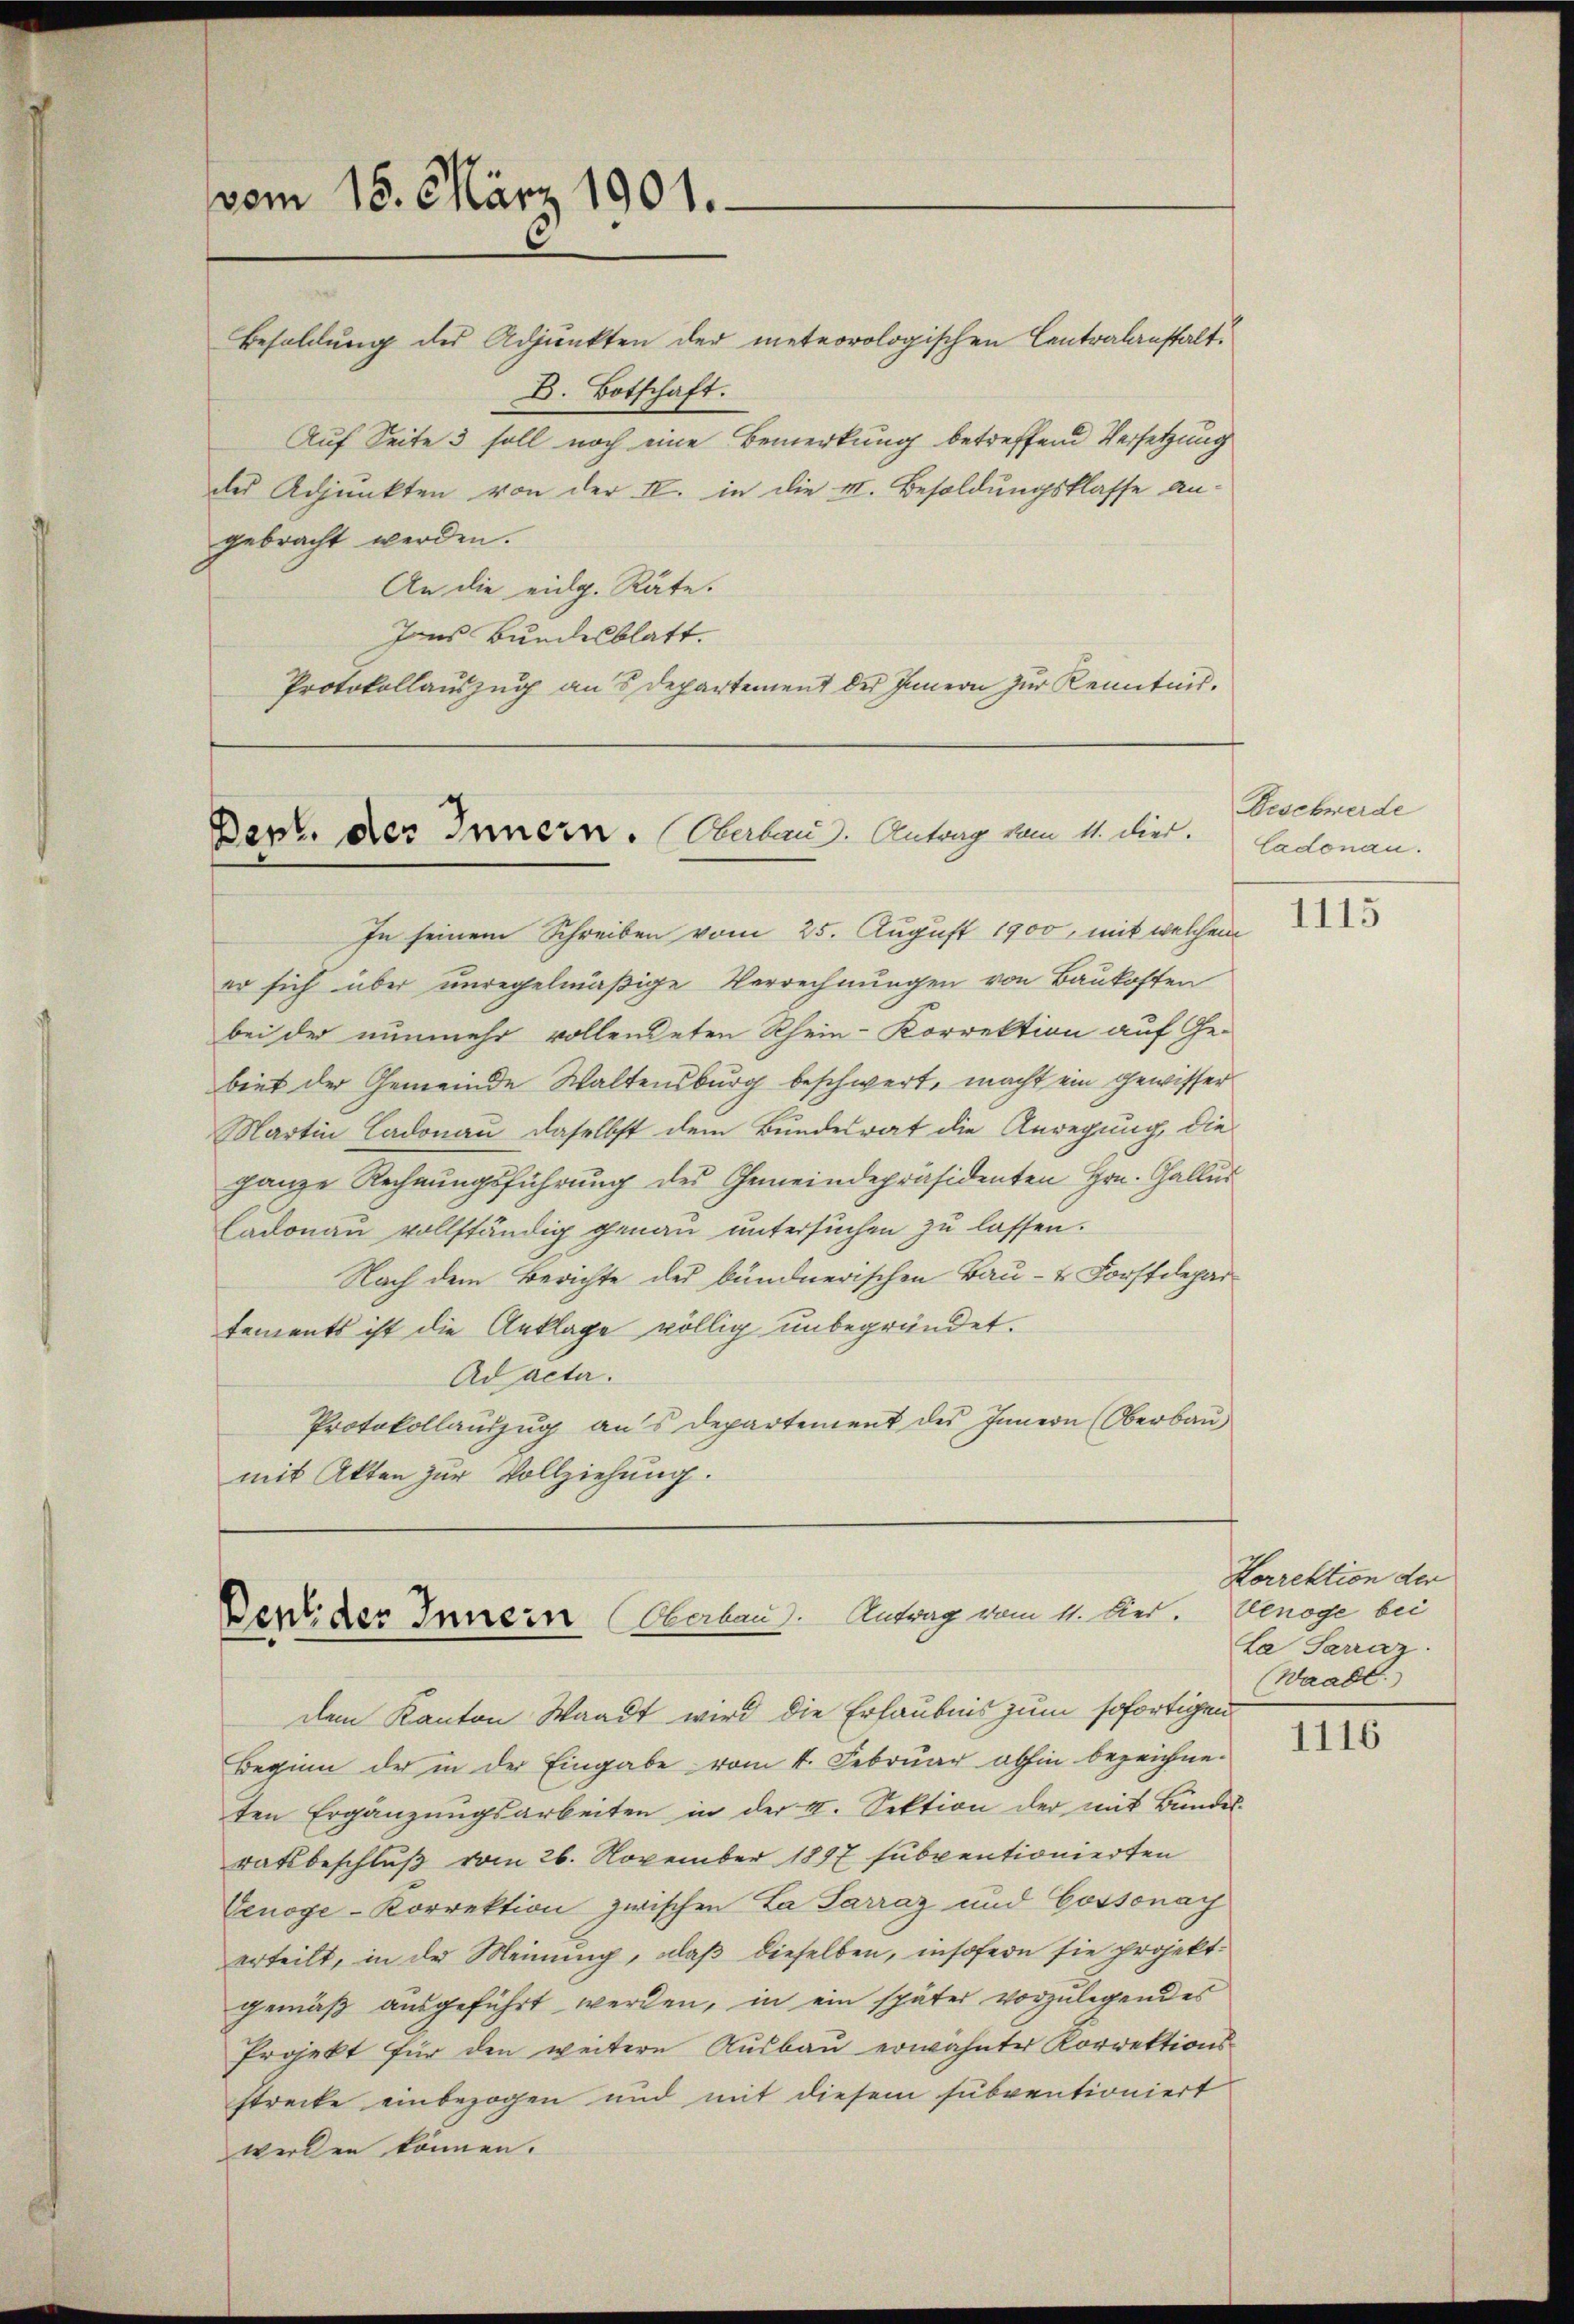
vom 15. März 1901.

Besoldung des Adjunkten der meteorologischen Centralanstalt.
D. Botschaft.
Auf Seite 3 soll noch eine Bemerkung betreffend Versetzung
des Adjunkten von der K. in die I. Besoldungsklasse angebracht werden.
An die eidg. Räte.
Jons Bundesblatt.
Protokollauszug aus Departement der Innern zur Kenntnis.

Der. des Innern. Oberband. Antrag vom 11. Dier.

In seinem Schreiben vom 25. August 1900, mit welchem
er sich über unregelmäßige Verrechnungen von Baukosten
bei der nunmehr vollendeten Rhein-Korrektion auf Ge-
biet der Gemeinde Waltensburg beschwert, macht ein gewisser
Martin Ladonau, daselbst dem Bundesrat die Anregung, die
ganze Rechnungsführung des Gemeindepräsidenten Hrn. Galler
Ladonau vollständig genau untersuchen zu lassen.
Nach dem Beachte des bündnerischen Bau- & Forstdepar
tements ist die Anklage völlig unbegründet.
Ad acta.
Protokollauszug aus Departement des Innern (Oberbau
mit Akten zur Vollziehung.

Dent der Innern Oberland. Antrag vom 11. Vier.

dem Kanton Waadt wird die Erlaubnis zum sofortigen
Beginn der in der Eingabe vom 4. Februar abhin bezeichneten Ergänzungsarbeiten in der II. Sektion der mit Bundes-
ratsbeschluß vom 26. November 1897 subventionierten
Venoge-Korrektion zwischen La Sarraz und Cossonay
erteilt, in der Meinung, daß dieselben, insofern sie projekt.
gemäß ausgeführt werden, in ein später vorzulegendes
Projekt für den weitere Aŭsbaŭ erwähnter Korrektions-
strecke einbezogen und mit diesem subventioniert
werden können.

Beschwerde
Cadonau.

1115

Lorrektion der
Uenöge bei
La Sarraz.
Waadt.

1116